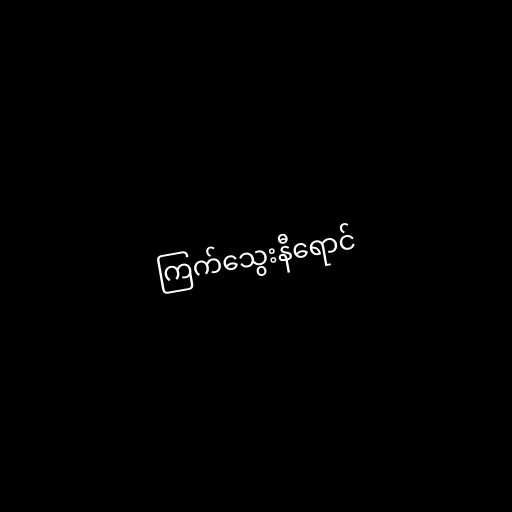
ကြက်သွေးနီရောင်